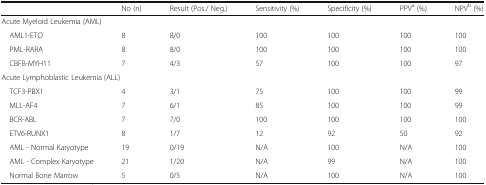
<table><thead><tr><td></td><td><b>No (n)</b></td><td><b>Result (Pos./ Neg.)</b></td><td><b>Sensitivity (%)</b></td><td><b>Specificity (%)</b></td><td><b>PPV<sup>a</sup> (%)</b></td><td><b>NPV<sup>b</sup> (%)</b></td></tr></thead><tbody><tr><td colspan="7">Acute Myeloid Leukemia (AML)</td></tr><tr><td> AML1-ETO</td><td>8</td><td>8/0</td><td>100</td><td>100</td><td>100</td><td>100</td></tr><tr><td> PML-RARA</td><td>8</td><td>8/0</td><td>100</td><td>100</td><td>100</td><td>100</td></tr><tr><td> CBFB-MYH11</td><td>7</td><td>4/3</td><td>57</td><td>100</td><td>100</td><td>97</td></tr><tr><td colspan="7">Acute Lymphoblastic Leukemia (ALL)</td></tr><tr><td> TCF3-PBX1</td><td>4</td><td>3/1</td><td>75</td><td>100</td><td>100</td><td>99</td></tr><tr><td> MLL-AF4</td><td>7</td><td>6/1</td><td>85</td><td>100</td><td>100</td><td>99</td></tr><tr><td> BCR-ABL</td><td>7</td><td>7/0</td><td>100</td><td>100</td><td>100</td><td>100</td></tr><tr><td> ETV6-RUNX1</td><td>8</td><td>1/7</td><td>12</td><td>92</td><td>50</td><td>92</td></tr><tr><td> AML - Normal Karyotype</td><td>19</td><td>0/19</td><td>N/A</td><td>100</td><td>N/A</td><td>100</td></tr><tr><td> AML - Complex Karyotype</td><td>21</td><td>1/20</td><td>N/A</td><td>99</td><td>N/A</td><td>100</td></tr><tr><td> Normal Bone Marrow</td><td>5</td><td>0/5</td><td>N/A</td><td>100</td><td>N/A</td><td>100</td></tr></tbody></table>